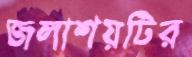
জলাশয়টির